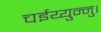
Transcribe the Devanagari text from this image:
चईय्युन्नु।